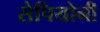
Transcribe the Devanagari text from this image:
सेपियोनी